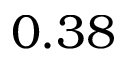
0 . 3 8